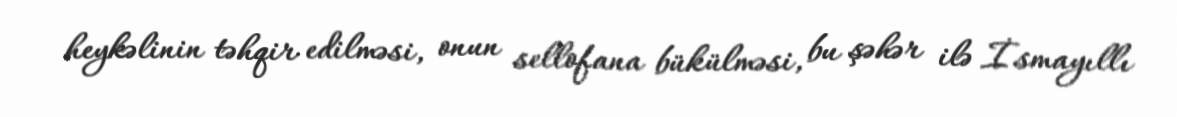
heykəlinin təhqir edilməsi, onun sellofana bükülməsi, bu şəhər ilə İsmayıllı